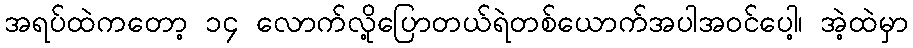
အရပ်ထဲကတော့ ၁၄ လောက်လို့ပြောတယ်ရဲတစ်ယောက်အပါအဝင်ပေါ့၊ အဲ့ထဲမှာ